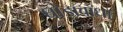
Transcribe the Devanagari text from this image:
घोड़ाबाँधा